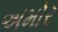
અમોર